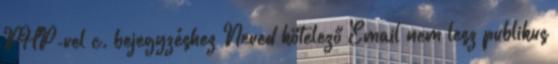
PHP-vel c. bejegyzéshez Neved kötelező Email nem lesz publikus